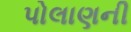
પોલાણની